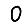
Digit: 0